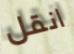
انقل